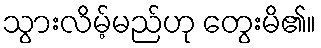
သွားလိမ့်မည်ဟု တွေးမိ၏။